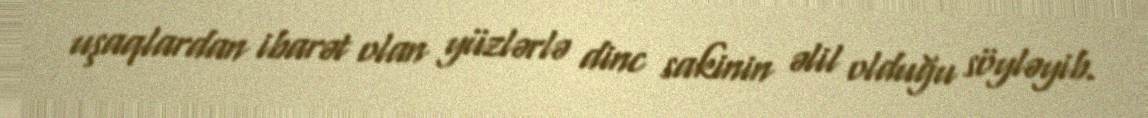
uşaqlardan ibarət olan yüzlərlə dinc sakinin əlil olduğu söyləyib.